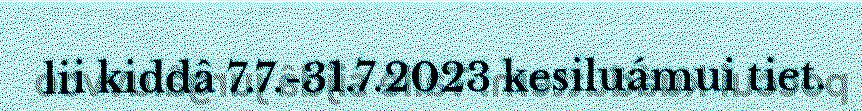
lii kiddâ 7.7.-31.7.2023 kesiluámui tiet.